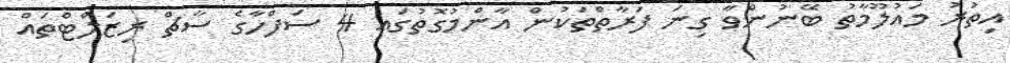
އިތުރު މައުލޫމާތު ބޭނުންވާ ގިނަ ފަރާތްތަކުން އާންމުގޮތުގައި 4 ސަފްހާގެ ސާޗް ރިޒަލްޓްތައް